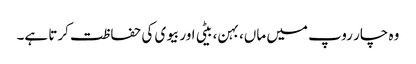
وہ چار روپ میں ماں، بہن، بیٹی اور بیوی کی حفاظت کرتا ہے۔